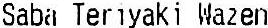
SABA TERIYAKI WAZEN